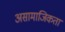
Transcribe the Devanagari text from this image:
असामाजिकता